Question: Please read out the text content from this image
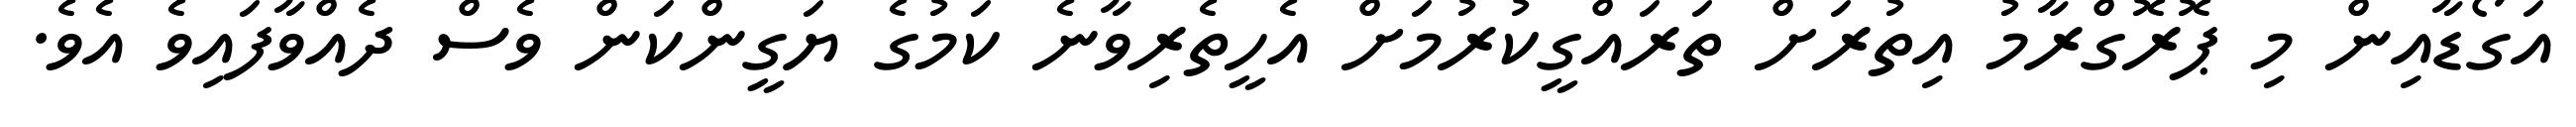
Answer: އަގޯޑާއިން މި ޕޮރޮގްރާމު އިތުރަށް ތަރައްގީކުރުމަށް އެހީތެރިވާނެ ކަމުގެ ޔަގީންކަން ވެސް ދެއްވާފައިވެ އެވެ.